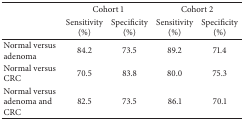
<table><thead><tr><td><b> </b></td><td colspan="2"><b>Cohort 1</b></td><td colspan="2"><b>Cohort 2</b></td></tr><tr><td><b> </b></td><td><b>Sensitivity (%)</b></td><td><b>Specificity (%)</b></td><td><b>Sensitivity (%)</b></td><td><b>Specificity (%)</b></td></tr></thead><tbody><tr><td>Normal versus adenoma</td><td>84.2</td><td>73.5</td><td>89.2</td><td>71.4</td></tr><tr><td>Normal versus CRC</td><td>70.5</td><td>83.8</td><td>80.0</td><td>75.3</td></tr><tr><td>Normal versus adenoma and CRC</td><td>82.5</td><td>73.5</td><td>86.1</td><td>70.1</td></tr></tbody></table>